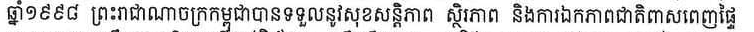
ឆ្នាំ១៩៩៨ ព្រះរាជាណាចក្រកម្ពុជាបានទទួលនូវសុខសន្តិភាព ស្ថិរភាព និងការឯកភាពជាតិពាសពេញផ្ទៃ